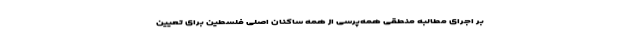
بر اجرای مطالبه منطقیِ همه‌پرسی از همه ساکنان اصلی فلسطین برای تعیین